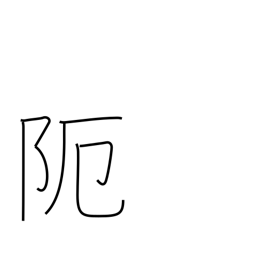
Meaning: narrow